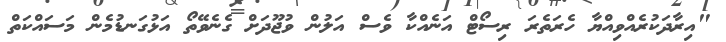
"އިރާދަކުރެއްވިއްޔާ ހެރަތެރަ ރިސޯޓް އަނެއްކާ ވެސް އަލުން ވުޖޫދަށް ގެނެވޭތޯ އަޅުގަނޑުމެން މަސައްކަތް